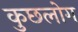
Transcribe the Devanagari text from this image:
कुछलोग